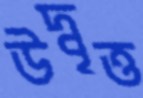
উদ্বৃত্ত